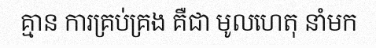
គ្មាន ការគ្រប់គ្រង គឺជា មូលហេតុ នាំមក